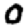
Digit: 0